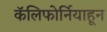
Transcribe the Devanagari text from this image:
कॅलिफोर्नियाहून